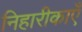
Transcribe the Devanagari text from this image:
निहारीकाएँ